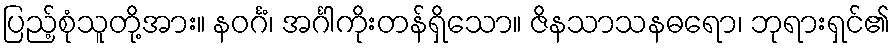
ပြည့်စုံသူတို့အား။ နဝင်္ဂံ၊ အင်္ဂါကိုးတန်ရှိသော။ ဇိနသာသနဓရော၊ ဘုရားရှင်၏